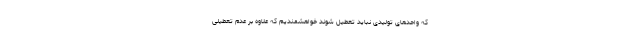
که واحدهای تولیدی نباید تعطیل شوند خواهشمندیم که علاوه بر عدم تعطیلی